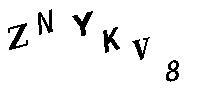
ZNYKV8